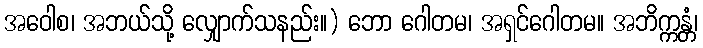
အဝေါစ၊ အဘယ်သို့ လျှောက်သနည်း။) ဘော ဂေါတမ၊ အရှင်ဂေါတမ။ အဘိက္ကန္တံ၊